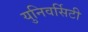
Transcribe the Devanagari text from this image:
युनिवर्सिटी